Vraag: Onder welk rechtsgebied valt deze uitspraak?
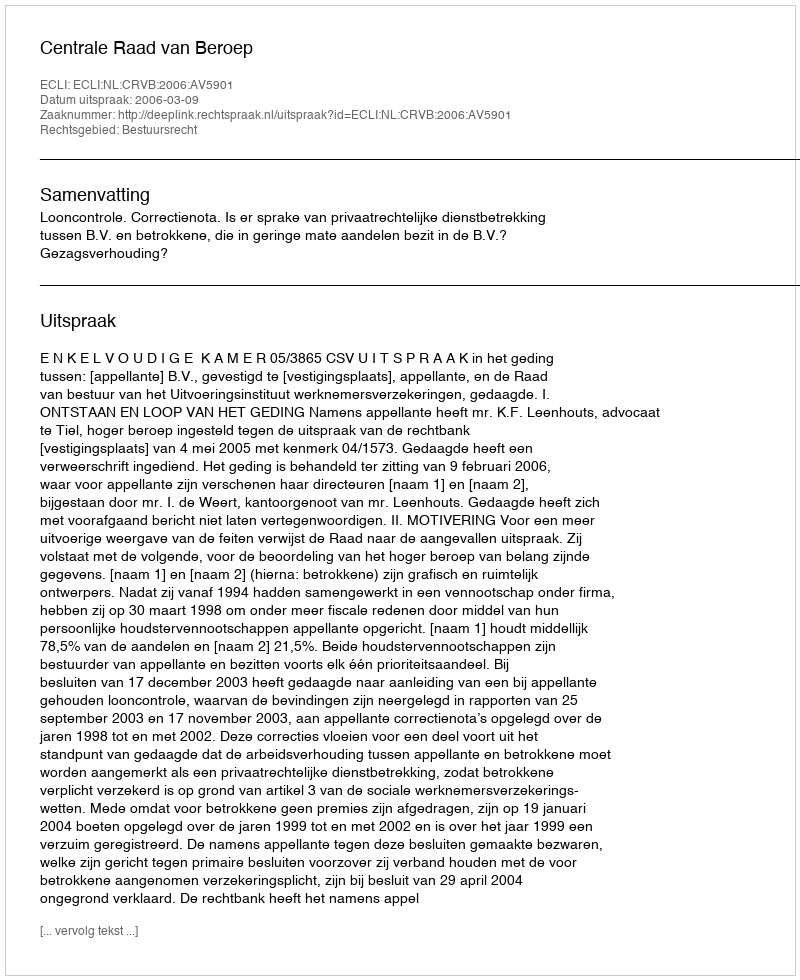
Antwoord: Bestuursrecht